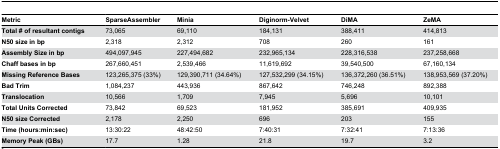
<table><thead><tr><td><b>Metric</b></td><td><b>SparseAssembler</b></td><td><b>Minia</b></td><td><b>Diginorm-Velvet</b></td><td><b>DiMA</b></td><td><b>ZeMA</b></td></tr></thead><tbody><tr><td><b>Total # of resultant contigs</b></td><td>73,065</td><td>69,110</td><td>184,131</td><td>388,411</td><td>414,813</td></tr><tr><td><b>N50 size in bp</b></td><td>2,318</td><td>2,312</td><td>708</td><td>260</td><td>161</td></tr><tr><td><b>Assembly Size in bp</b></td><td>494,097,945</td><td>227,494,682</td><td>232,965,134</td><td>228,316,538</td><td>237,258,668</td></tr><tr><td><b>Chaff bases in bp</b></td><td>267,660,451</td><td>2,539,466</td><td>11,619,692</td><td>39,540,500</td><td>67,160,134</td></tr><tr><td><b>Missing Reference Bases</b></td><td>123,265,375 (33%)</td><td>129,390,711 (34.64%)</td><td>127,532,299 (34.15%)</td><td>136,372,260 (36.51%)</td><td>138,953,569 (37.20%)</td></tr><tr><td><b>Bad Trim</b></td><td>1,084,237</td><td>443,936</td><td>867,642</td><td>746,248</td><td>892,388</td></tr><tr><td><b>Translocation</b></td><td>10,566</td><td>1,709</td><td>7,945</td><td>5,696</td><td>10,101</td></tr><tr><td><b>Total Units Corrected</b></td><td>73,842</td><td>69,523</td><td>181,952</td><td>385,691</td><td>409,935</td></tr><tr><td><b>N50 size Corrected</b></td><td>2,178</td><td>2,250</td><td>696</td><td>203</td><td>155</td></tr><tr><td><b>Time (hours:min:sec)</b></td><td>13:30:22</td><td>48:42:50</td><td>7:40:31</td><td>7:32:41</td><td>7:13:36</td></tr><tr><td><b>Memory Peak (GBs)</b></td><td>17.7</td><td>1.28</td><td>21.8</td><td>19.7</td><td>3.2</td></tr></tbody></table>